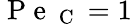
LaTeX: \mathrm{~P~e~}_{\mathrm{~C~}}=1